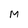
Character: M